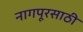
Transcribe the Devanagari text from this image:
नागपूरसाठी